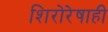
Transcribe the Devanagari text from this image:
शिरोरेषाही